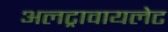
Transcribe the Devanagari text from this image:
अलट्रावायलेट